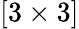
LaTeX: [3\times 3]